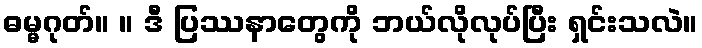
ဓမ္မဂုတ်။ ။ ဒီ ပြဿနာတွေကို ဘယ်လိုလုပ်ပြီး ရှင်းသလဲ။